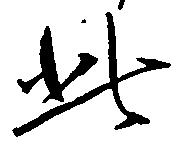
此